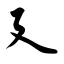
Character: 廴